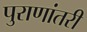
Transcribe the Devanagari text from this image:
पुराणांतरी